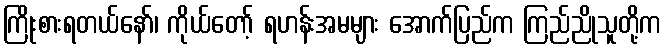
ကြိုးစားရတယ်နော်၊ ကိုယ်တော့် ရဟန်းအမများ အောက်ပြည်က ကြည်ညိုသူတို့က